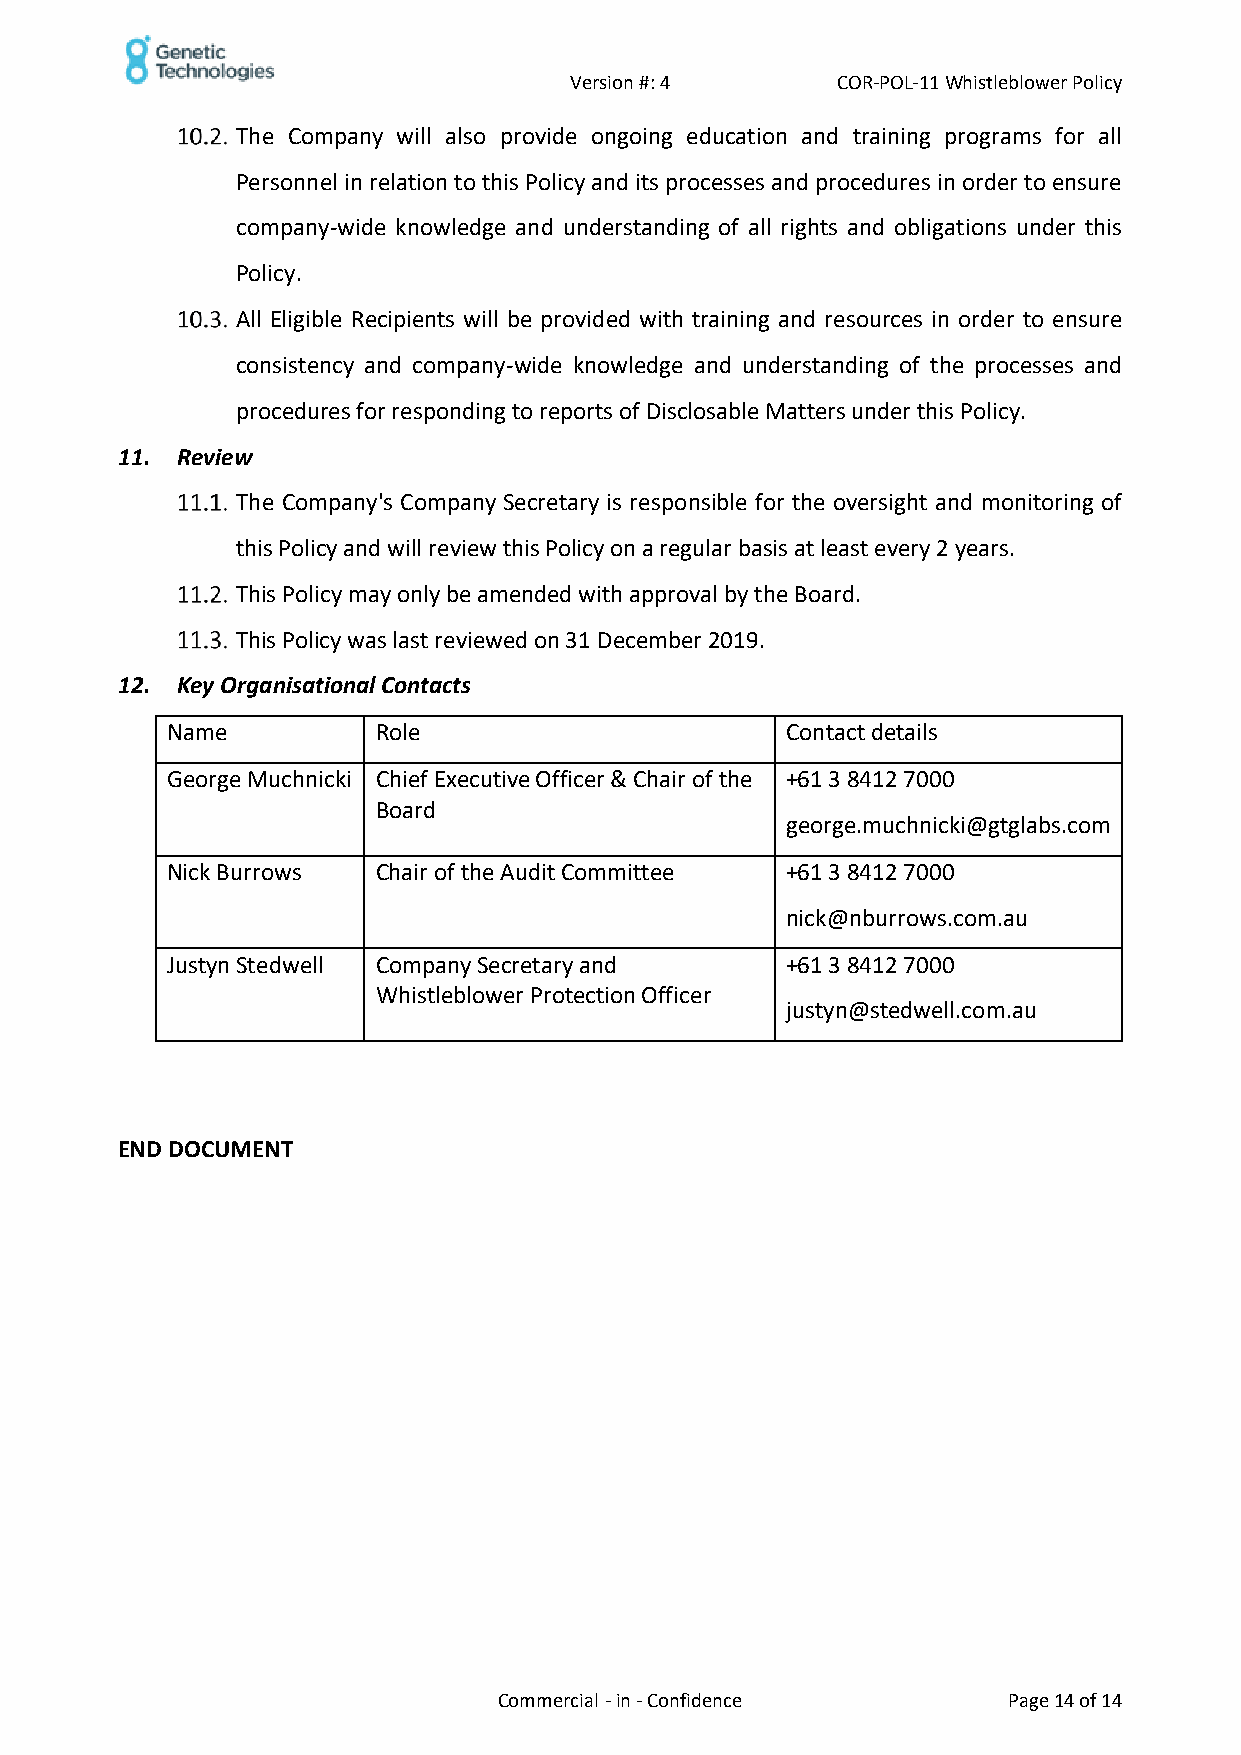
Version #: 4     COR-POL-11 Whistleblower Policy
 The Company will also provide ongoing education and training programs for all
 Personnel in relation to this Policy and its processes and procedures in order to ensure
 company-wide knowledge and understanding of all rights and obligations under this
 Policy.
 All Eligible Recipients will be provided with training and resources in order to ensure
 consistency and company-wide knowledge and understanding of the processes and
 procedures for responding to reports of Disclosable Matters under this Policy.
 11. Review
 The Company's Company Secretary is responsible for the oversight and monitoring of
 this Policy and will review this Policy on a regular basis at least every 2 years.
 This Policy may only be amended with approval by the Board.
 This Policy was last reviewed on 31 December 2019.
 12. Key Organisational Contacts
 Name          Role                       Contact details
 George Muchnicki Chief Executive Officer & Chair of the +61 3 8412 7000
 Board
 george.muchnicki@gtglabs.com
 Nick Burrows  Chair of the Audit Committee +61 3 8412 7000
 nick@nburrows.com.au
 Justyn Stedwell Company Secretary and    +61 3 8412 7000
 Whistleblower Protection Officer
 justyn@stedwell.com.au
 END DOCUMENT
 Commercial - in - Confidence      Page 14 of 14